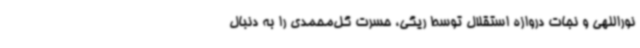
نوراللهی و نجات دروازه استقلال توسط ریگی، حسرت گل‌محمدی را به دنبال